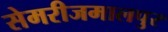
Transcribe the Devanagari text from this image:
सेमरीजमालपुर